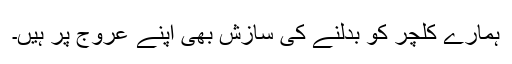
ہمارے کلچر کو بدلنے کی سازش بھی اپنے عروج پر ہیں۔